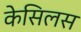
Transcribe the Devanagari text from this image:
केसिलस